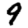
Digit: 9